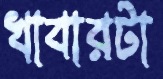
খাবারটা